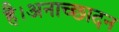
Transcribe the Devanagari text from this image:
है।अनाच्छादन